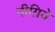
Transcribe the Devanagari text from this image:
नीग्रिये